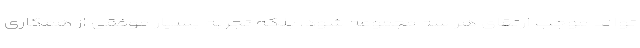
تواند موجب ارتقای هر سه مجموعه شود، بلکه تجربه بسیار موفقی از همکاری